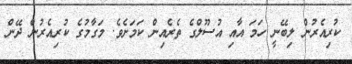
ކުރިއެރުން ލިބޭނީ ހަމަ އާއި އުސޫލްގެ ތެރެއިން ކަމަށެވެ. މަގާމުގެ ކުރިއެރުން ދޭން